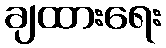
ချထားရေး